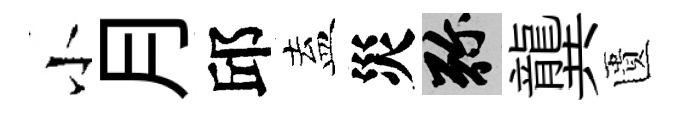
小月邱盍災弥龔匱